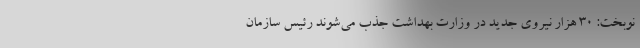
نوبخت: ۳۰ هزار نیروی جدید در وزارت بهداشت جذب می‌شوند رئیس سازمان